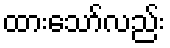
ထားသော်လည်း